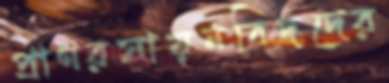
প্রাণরসায়নবিদদের